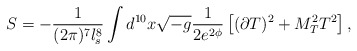
\begin{align*}S=-\frac{1}{(2\pi)^7l_s^8}\int d^{10}x\sqrt{-g}\frac{1}{2e^{2\phi}}\left[(\partial T)^2+M_T^2T^2\right],\end{align*}